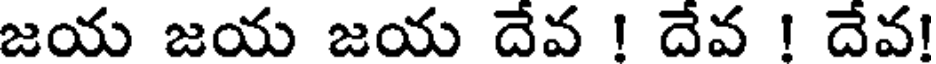
జయ జయ జయ దేవ ! దేవ ! దేవ!